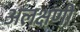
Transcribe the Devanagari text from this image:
अलक्षणी